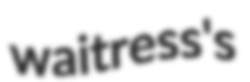
waitress's